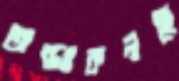
অন্তঃকলহে